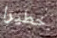
خطيرا